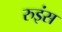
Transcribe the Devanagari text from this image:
रुइंस